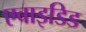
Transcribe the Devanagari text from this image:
एबाइडिड